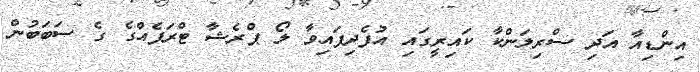
އިންޑިއާ އަދި ސްރިލަންކާ ކައިރީގައި އުފެދިފައިވާ ލޯ ޕްރެޝާ ޓްރަފެއްގެ ގެ ސަބަބުން